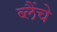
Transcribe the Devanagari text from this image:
ब्लैंचे